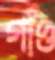
গাঁও